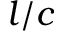
l / c